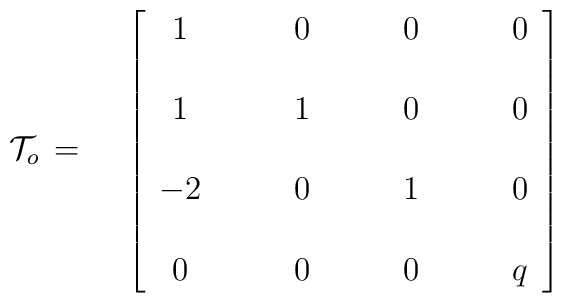
{\cal T}_o\,=\,\quad\left[\begin{array}{cccc}  1  &\qquad  0    &\qquad  0&\qquad  0\\&&&\\1  &\qquad  1    &\qquad  0&\qquad  0\\&&&\\-2  &\qquad  0    &\qquad  1 &\qquad  0\\&&&\\ 0    &\qquad  0&\qquad   0  &\qquad  q\end{array}\right]\hphantom{xxxxxxxxxxxxxxxxxx}